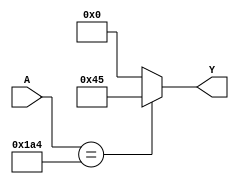
`timescale 1ns / 1ps

module meme(

    input [8:0] A,
    output reg [6:0] Y);
	
    always @(*)
        if(A == 420)
	    Y = 69;
	else
	    Y = 0;	
endmodule